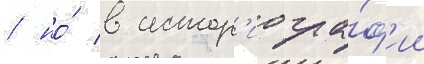
/ но́ в истор'иогра́ф'ии